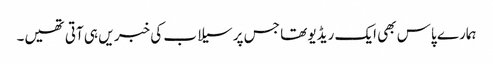
ہمارے پاس بھی ایک ریڈیو تھا جس پر سیلاب کی خبر یں ہی آتی تھیں۔